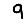
Digit: 9